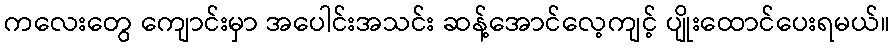
ကလေးတွေ ကျောင်းမှာ အပေါင်းအသင်း ဆန့်အောင်လေ့ကျင့် ပျိုးထောင်ပေးရမယ်။